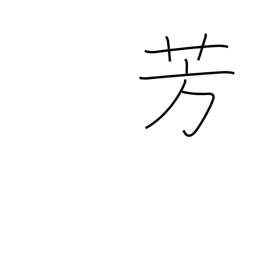
Meaning: balmy